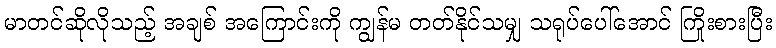
မာတင်ဆိုလိုသည့် အချစ် အကြောင်းကို ကျွန်မ တတ်နိုင်သမျှ သရုပ်ပေါ်အောင် ကြိုးစားပြီး